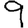
Digit: 9